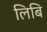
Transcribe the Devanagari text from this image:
लिबि